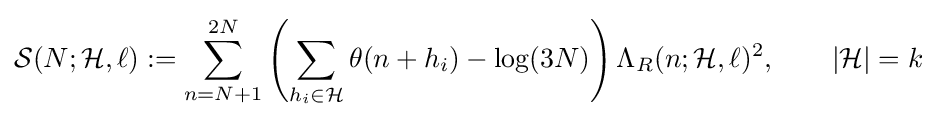
{\mathcal {S}}(N;{\mathcal {H}},\ell ):=\sum \limits _{n=N+1}^{2N}\left(\sum \limits _{h_{i}\in {\mathcal {H}}}\theta (n+h_{i})-\log(3N)\right)\Lambda _{R}(n;{\mathcal {H}},\ell )^{2},\qquad |{\mathcal {H}}|=k